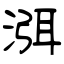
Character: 渳